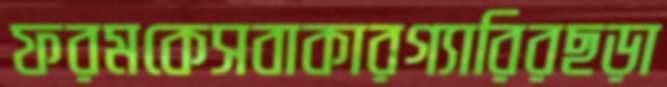
ফরমকেসবাকারগ্যারিরছড়া